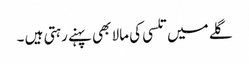
گلے میں تلسی کی مالا بھی پہنے رہتی ہیں ۔